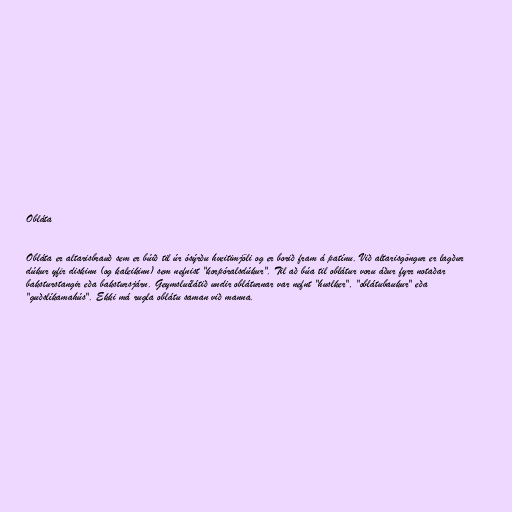
Obláta

Obláta er altarisbrauð sem er búið til úr ósýrðu hveitimjöli og er borið fram á patínu. Við altarisgöngur er lagður
dúkur yfir diskinn (og kaleikinn) sem nefnist "korpóralsdúkur". Til að búa til oblátur voru áður fyrr notaðar
baksturstangir eða bakstursjárn. Geymsluílátið undir obláturnar var nefnt "huslker", "oblátubaukur" eða
"guðslíkamahús". Ekki má rugla oblátu saman við manna.